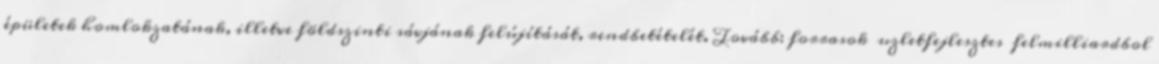
épületek homlokzatának, illetve földszinti sávjának felújítását, rendbetételét. Tovább: forrasok uzletfejlesztes felmilliardbol